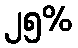
၂၅%